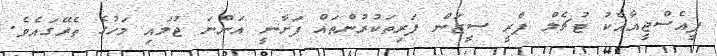
ޕީއެސްޖީއާއެކު ޓުޗެލް ޕްރީ ސީޒަން ފަރިތަކުރުންތައް ފަށާނީ އަންނަ ޖުލައި މަހުގެ ތެރޭގައެވެ.